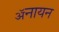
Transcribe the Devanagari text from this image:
ॲनायन